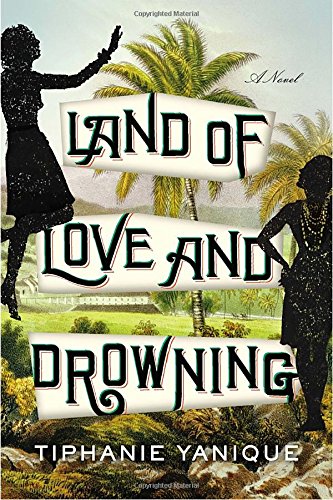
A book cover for Land of Love and Drowning: A Novel; Tiphanie Yanique; Science Fiction & Fantasy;